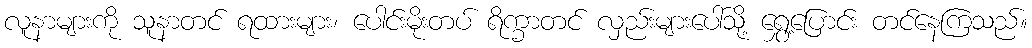
လူနာများကို သူနာတင် ရထားများ၊ ပေါင်းမိုးတပ် ရိက္ခာတင် လှည်းများပေါ်သို့ ရွှေ့ပြောင်း တင်နေကြသည်။